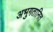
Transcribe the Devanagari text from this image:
अभुगतानित